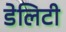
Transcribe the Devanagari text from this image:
डेलिटी